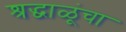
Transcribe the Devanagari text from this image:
श्रद्धाळूंचा